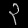
Digit: ၃